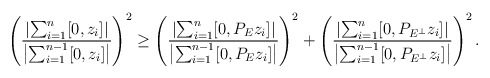
\begin{align*}\left(\frac{\left|\sum_{i=1}^n[0,z_i]\right|}{\left|\sum_{i=1}^{n-1}[0,z_i]\right|}\right)^2\ge\left(\frac{\left|\sum_{i=1}^n[0,P_Ez_i]\right|}{\left|\sum_{i=1}^{n-1}[0,P_Ez_i]\right|}\right)^2+\left(\frac{\left|\sum_{i=1}^n[0,P_{E^\bot}z_i]\right|}{\left|\sum_{i=1}^{n-1}[0,P_{E^\bot}z_i]\right|}\right)^2.\end{align*}